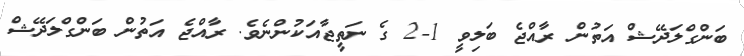
ބަންގްލަދޭޝް އަތުން ރާއްޖެ ބަލިވީ 1-2 ގެ ނަތީޖާއަކުންނެވެ. ރާއްޖެ އަތުން ބަންގްލަދޭޝް